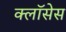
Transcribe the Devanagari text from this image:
क्लाॅसेस